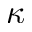
\kappa